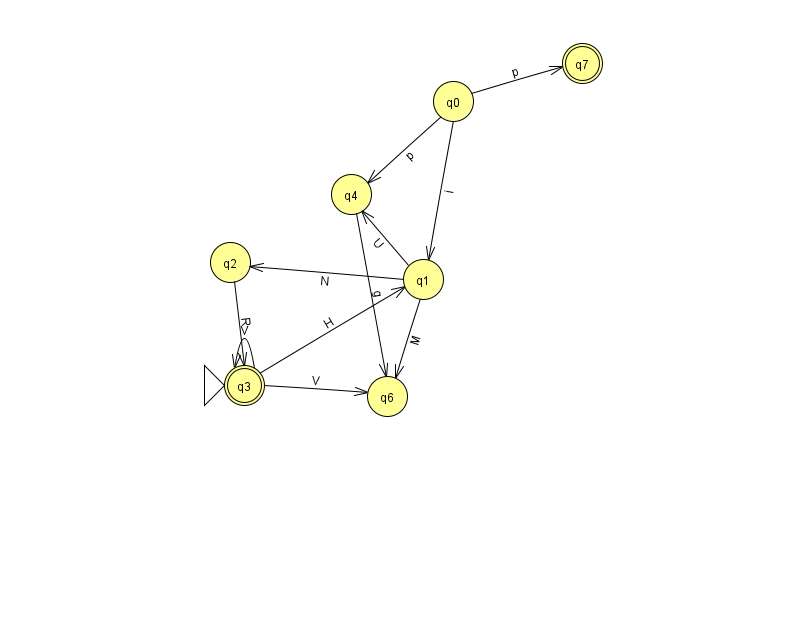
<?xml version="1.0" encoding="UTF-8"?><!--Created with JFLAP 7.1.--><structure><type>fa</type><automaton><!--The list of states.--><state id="0" name="q0"><x>453.0</x><y>88.0</y></state><state id="1" name="q1"><x>423.0</x><y>266.0</y></state><state id="2" name="q2"><x>230.0</x><y>249.0</y></state><state id="3" name="q3"><x>244.0</x><y>372.0</y><initial/><final/></state><state id="4" name="q4"><x>351.0</x><y>181.0</y></state><state id="6" name="q6"><x>387.0</x><y>383.0</y></state><state id="7" name="q7"><x>582.0</x><y>50.0</y><final/></state><!--The list of transitions.--><transition><from>4</from><to>6</to><read>g</read></transition><transition><from>3</from><to>3</to><read>V</read></transition><transition><from>0</from><to>7</to><read>p</read></transition><transition><from>1</from><to>2</to><read>N</read></transition><transition><from>1</from><to>6</to><read>M</read></transition><transition><from>2</from><to>3</to><read>R</read></transition><transition><from>0</from><to>4</to><read>p</read></transition><transition><from>1</from><to>4</to><read>U</read></transition><transition><from>3</from><to>1</to><read>H</read></transition><transition><from>0</from><to>1</to><read>i</read></transition><transition><from>3</from><to>6</to><read>V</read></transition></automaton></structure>